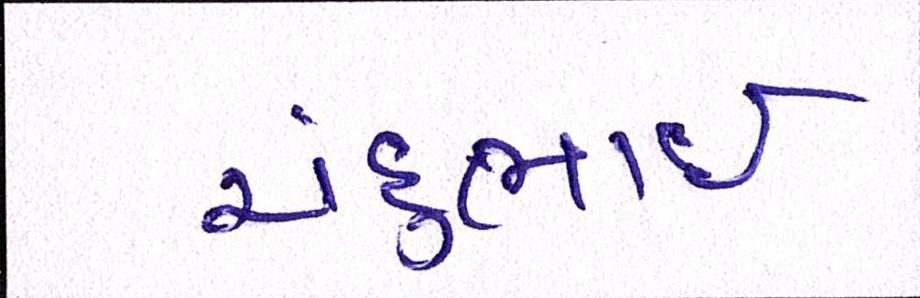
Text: ચંદુભાઈ